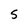
Character: S